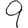
Digit: 9